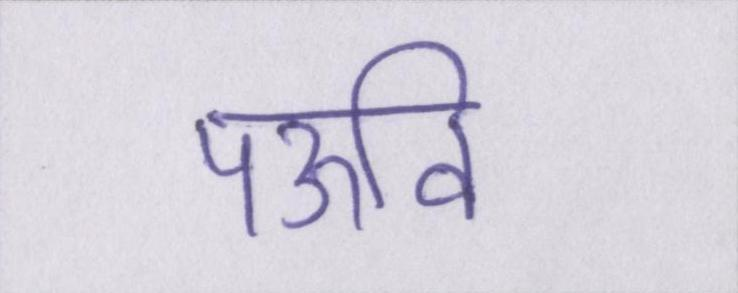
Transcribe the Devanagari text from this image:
पऊवि